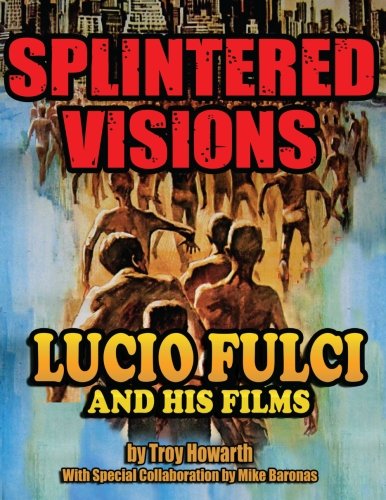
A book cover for Splintered Visions: Lucio Fulci and His Films; Troy Howarth; Humor & Entertainment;